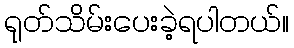
ရုတ်သိမ်းပေးခဲ့ရပါတယ်။